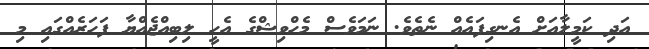
އަދި ކަމީލާއަށް އެނގިފައެއް ނެތެވެ. ނަމަވެސް މެހްވިޝްގެ އެހީ ލިބިއްޖެއްޔާ ފަހަރެއްގައި މި